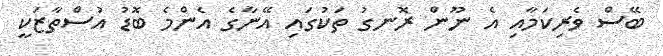
ބޭސް ވެރިކަމާއި އެ ނޫން ރޮނގު ތަކުގައި އޭނާގެ އެންމެ ބޮޑު އުސްތާޒަކީ